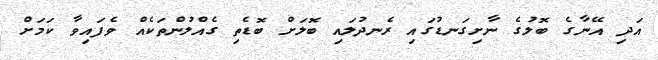
އަދި އޭނާގެ ބޮލުގެ ނާށިގަނޑުގައި ރެނދުލައި ބޮލަށް ބޮޑެތި ގެއްލުންތަކެއް ވެފައިވާ ކަމަށް